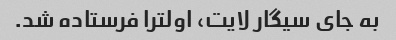
به جای سیگار لایت، اولترا فرستاده شد.